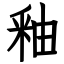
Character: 釉